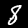
Digit: 8